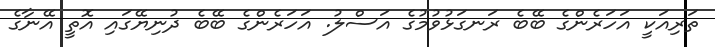
ތަރިއަކީ އަހަރެންގެ ބޭބެ ރަނގަޅުވުމުގެ އަސްލު. އަހަރެންގެ ބޭބެ ދުނިޔޭގައި އޮތީ އޭނާގެ